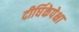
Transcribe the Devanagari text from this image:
दीर्घिकेपेक्षा